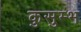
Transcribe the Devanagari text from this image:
कुसुम्भ